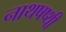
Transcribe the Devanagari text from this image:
नाथषष्थी